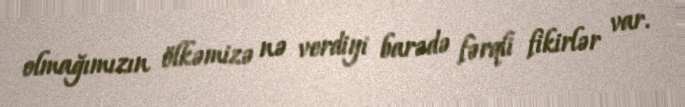
olmağımızın ölkəmizə nə verdiyi barədə fərqli fikirlər var.